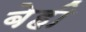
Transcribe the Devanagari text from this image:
बेही